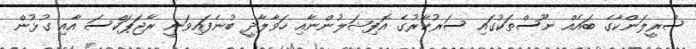
ސްރީލަންކާގެ ބައެއް ނޫސްތަކުގައި ސަރުކާރުގެ އޮފިޝަލުންނާއި ހަވާލާދީ ބުނެފައިވަނީ ރާޖަޕަކްސަ އާއި ގުޅުން